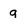
Character: g